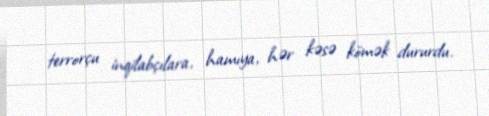
terrorçu inqilabçılara, hamıya, hər kəsə kömək dururdu.